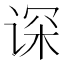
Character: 𬤂